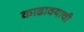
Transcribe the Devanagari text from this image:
काढावयाची